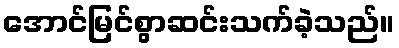
အောင်မြင်စွာဆင်းသက်ခဲ့သည်။